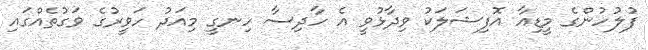
ފުލުހުންގެ މީޑިއާ އޮފިޝަލަކު ވިދާޅުވީ އެ ހާދިސާ ހިނގީ މިއަދު ހަވީރުގެ ވަގުތެއްގައި